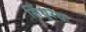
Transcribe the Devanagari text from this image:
सिंधुरंधः